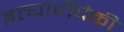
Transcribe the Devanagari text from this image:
इत्यादींपैकी